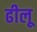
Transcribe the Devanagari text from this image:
ढीलू